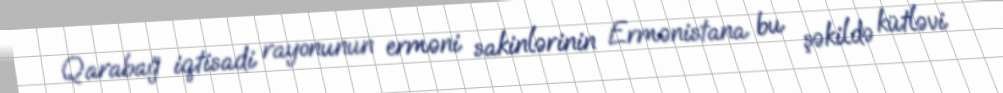
Qarabağ iqtisadi rayonunun erməni sakinlərinin Ermənistana bu şəkildə kütləvi